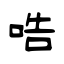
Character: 哠